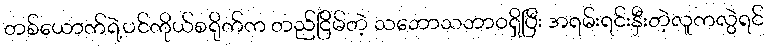
တစ်ယောက်ရဲ့ပင်ကိုယ်စရိုက်က တည်ငြိမ်တဲ့ သဘောသဘာဝရှိပြီး အရမ်းရင်းနှီးတဲ့လူကလွဲရင်